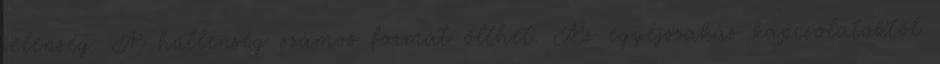
jelenség. A hűtlenség számos formát ölthet. Az egyéjszakás kapcsolatoktól